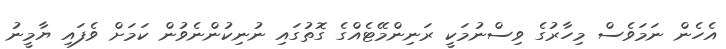
އެހެން ނަމަވެސް މިހާރުގެ ވިސްނުމަކީ ރަނިންމޭޓެއްގެ ގޮތުގައި ނުނިކުންނެވުން ކަމަށް ވެފައި ޔާމީނު